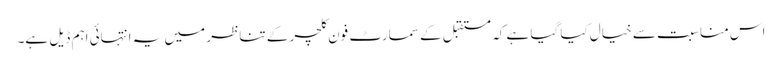
اس مناسبت سے خیال کیا گیا ہے کہ مستقبل کے سمارٹ فون کلچر کے تناظر میں یہ انتہائی اہم ڈیل ہے۔